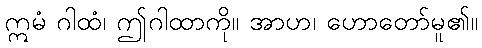
ဣမံ ဂါထံ၊ ဤဂါထာကို။ အာဟ၊ ဟောတော်မူ၏။